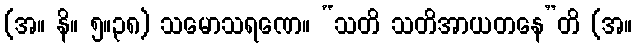
(အ။ နိ။ ၅။၃၈) သမောသရဏေ။ “သတိ သတိအာယတနေ”တိ (အ။